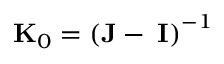
{ \bf K } _ { 0 } = \left( { \bf J - \epsilon I } \right) ^ { - 1 }